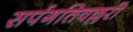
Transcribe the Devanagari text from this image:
सर्पगतिवल्लरी